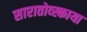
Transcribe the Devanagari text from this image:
सारातोव्स्काया